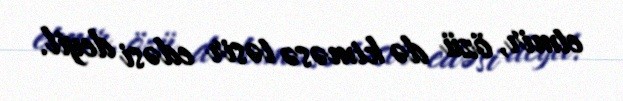
etmir, özü də kiməsə təsir edəsi deyil.